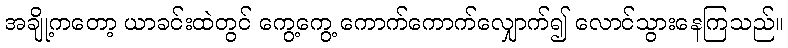
အချို့ကတော့ ယာခင်းထဲတွင် ကွေ့ကွေ့ ကောက်ကောက်လျှောက်၍ လောင်သွားနေကြသည်။